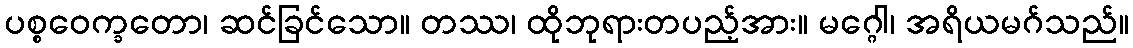
ပစ္စဝေက္ခတော၊ ဆင်ခြင်သော။ တဿ၊ ထိုဘုရားတပည့်အား။ မဂ္ဂေါ၊ အရိယမဂ်သည်။